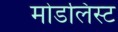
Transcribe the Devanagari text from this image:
मोडलिस्ट